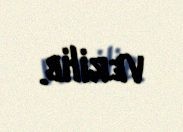
verilib.